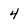
Character: 4